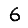
Digit: 6